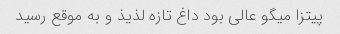
پیتزا میگو عالی بود داغ تازه لذیذ و به موقع رسید